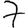
Digit: 7